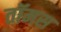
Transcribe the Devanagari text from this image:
तॉमस